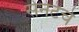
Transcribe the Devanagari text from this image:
सेनेटेचे